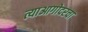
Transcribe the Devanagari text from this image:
त्याआगोदरचा